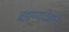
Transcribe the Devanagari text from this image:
ब्रह्मण्यदेवाचे